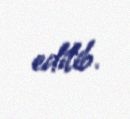
edilib.